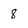
Character: 8